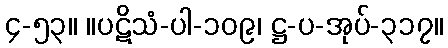
၄-၅၃။ ။ပဋိသံ-ပါ-၁၀၉၊ ဋ္ဌ-ပ-အုပ်-၃၁၇။